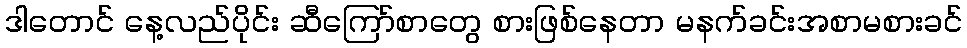
ဒါတောင် နေ့လည်ပိုင်း ဆီကြော်စာတွေ စားဖြစ်နေတာ မနက်ခင်းအစာမစားခင်